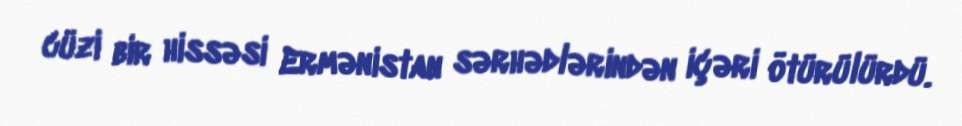
cüzi bir hissəsi Ermənistan sərhədlərindən içəri ötürülürdü.